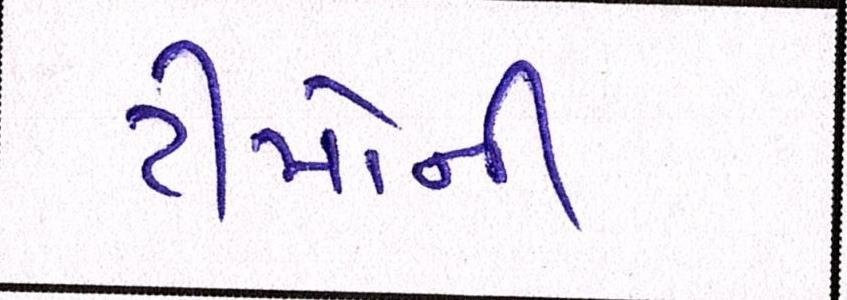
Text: ટીમોની